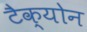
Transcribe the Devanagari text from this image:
टैक्योन